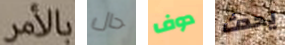
بالأمر حال دوف يحدث